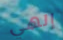
إلهي